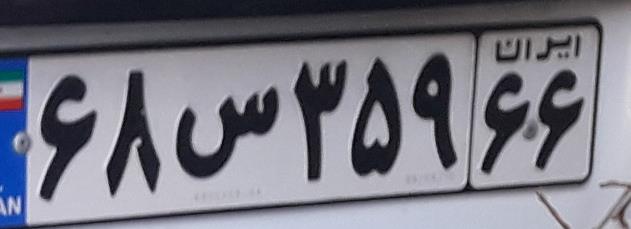
۶۸س۳۵۹۶۶